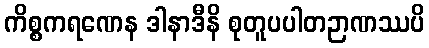
ကိစ္စကရဏေန ဒါနာဒီနိ စုတူပပါတဉာဏဿပိ